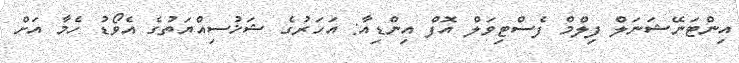
އިންޓަނޭޝަނަލް ފިލްމް ފެސްޓިވަލް އޮފް އިންޑިއާ: އަހަރުގެ ޝަޚުސިއްޔަތުގެ އެވޯޑު ހެމާ އަށް